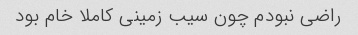
راضی نبودم چون سیب زمینی کاملا خام بود